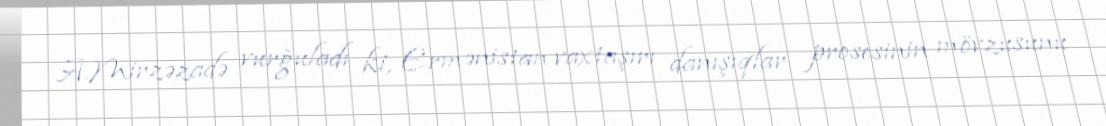
A.Mirzəzadə vurğuladı ki, Ermənistan vaxtaşırı danışıqlar prosesinin mövzusunu